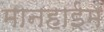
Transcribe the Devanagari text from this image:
मानहाईम